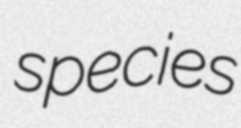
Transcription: species